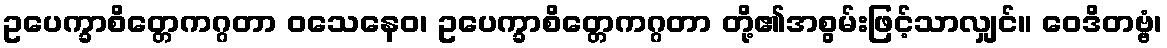
ဥပေက္ခာစိတ္တေကဂ္ဂတာ ဝသေနေဝ၊ ဥပေက္ခာစိတ္တေကဂ္ဂတာ တို့၏အစွမ်းဖြင့်သာလျှင်။ ဝေဒိတဗ္ဗံ၊